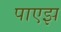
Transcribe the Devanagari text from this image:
पाएझ